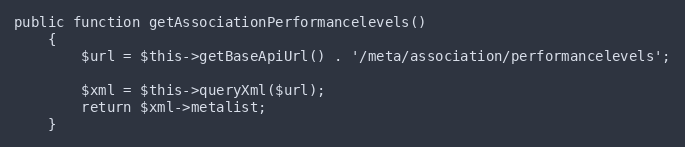
Language: PHP
public function getAssociationPerformancelevels()
    {
        $url = $this->getBaseApiUrl() . '/meta/association/performancelevels';

        $xml = $this->queryXml($url);
        return $xml->metalist;
    }